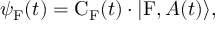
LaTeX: \psi _ { \mathrm { F } } ( t ) = \mathrm { C } _ { \mathrm { F } } ( t ) \cdot | \mathrm { F } , A ( t ) \rangle ,